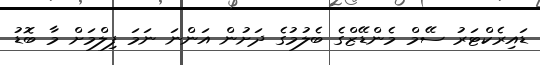
ޑައިރެކްޓަރު ސޭމް މެންޑޭޒްގެ ބެލުމުގެ ދަށުން އަންނަ ނަމަ ފިލްމަށް މާ ބޮޑު